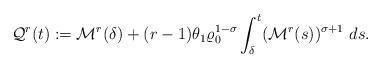
LaTeX: \begin{align*}\mathcal{Q}^{r}(t):=\mathcal{M}^{r}(\delta)+(r-1)\theta_{1}\varrho_{0}^{1-\sigma}\int_{\delta}^{t}(\mathcal{M}^{r}(s))^{\sigma+1}\ ds.\end{align*}